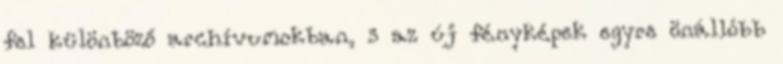
fel különböző archívumokban, s az új fényképek egyre önállóbb